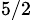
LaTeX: _{5/2}